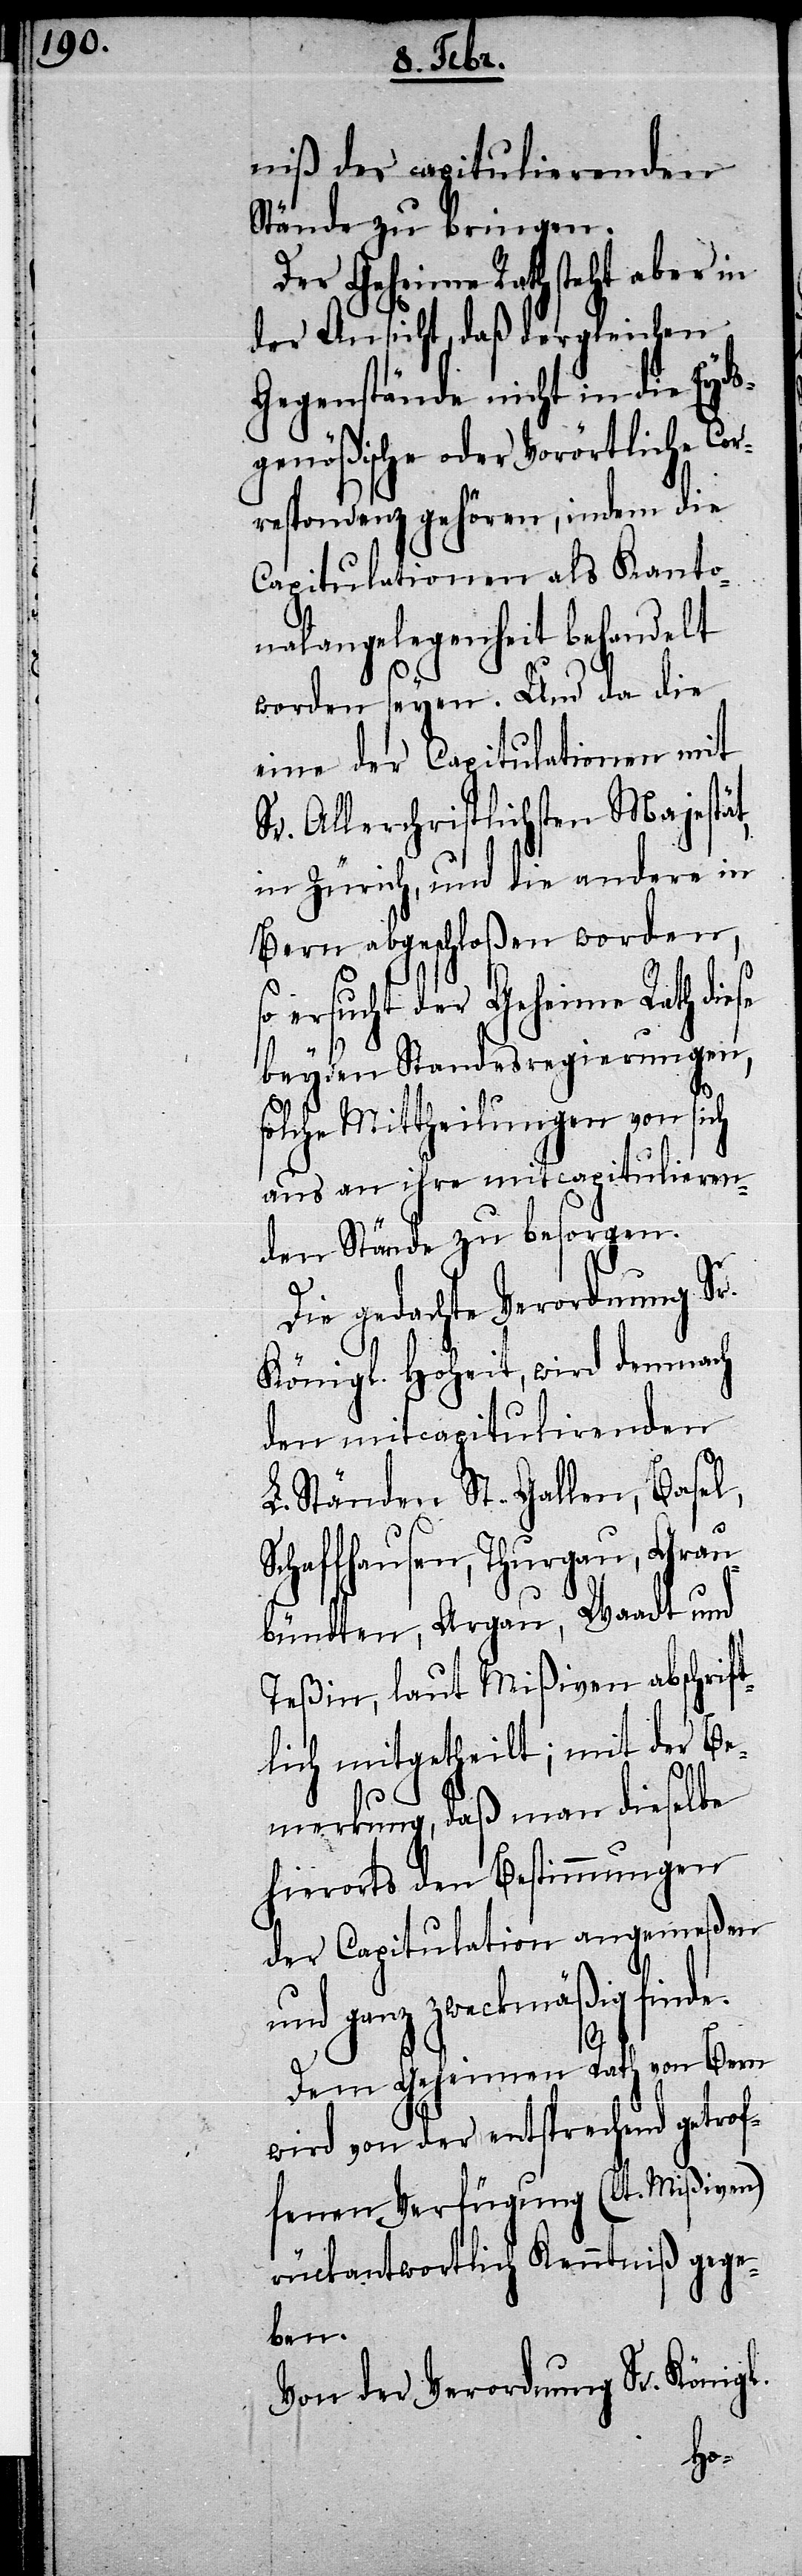
niß der capitulierenden
Stände zu bringen.
Der Geheime Rath steht aber in
der Ansicht, daß dergleichen
Gegenstände nicht in die Eyds¬
genößische oder Vorörtliche Co¬
rrespondenz gehören, indem die
Capitulationen als Kanto¬
nalangelegenheit behandelt
worden seyen. Und da die
eine der Capitulationen mit
Sr. Allerchristlichsten Majestät,
in Zürich, und die andere in
Bern abgeschloßen worden,
ersucht der Geheime Rath diese
beyden Standesregierungen,
solche Mittheilungen von sich
aus an ihre mitcapitulieren¬
den Stände zu besorgen.
Die gedachte Verordnung Sr.
Königl. Hoheit, wird demnach
den mitcapitulirenden
L. Ständen St. Gallen, Basel,
Schaffhausen, Thurgau, Grau¬
bündten, Argau, Waadt und
Teßin, laut Mißiven abschrift¬
lich mitgetheilt; mit der Be¬
merkung, daß man dieselbe
hierorts den Bestimmungen
der Capitulation angemeßen
und ganz zweckmäßig find¬
Dem Geheimen Rath von Bern
wird von der entsprechend getrof¬
fenen Verfügung (lt. Mißiven)
rückantwortlich Kenntniß gege¬
ben.
Von der Verordnung Sr. Königl.
e.